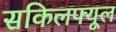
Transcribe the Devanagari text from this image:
सकिलफ्यूल